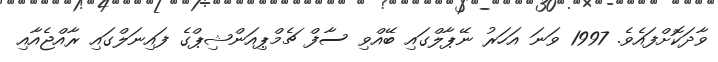
ވާދަކޮށްފައެވެ. 1997 ވަނަ އަހަރު ނޭޕާލްގައި ބޭއްވި ސާފް ޗެމްޕިއަންޝިޕްގެ ފައިނަލްގައި ރާއްޖެއާއި